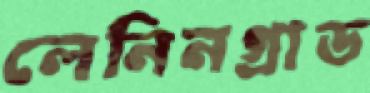
লেনিনগ্রাড